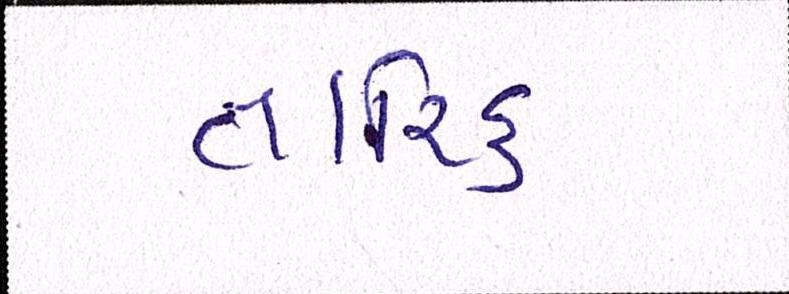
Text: તારિક